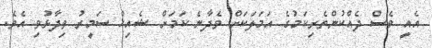
އެއީ ވެސް ދެއްކުންތެރިކަމުގެ އަމަލަކަށް ވެދާނެ ކަމަށް ޝެއިޚް ސަމީރު ވިދާޅުވި އެވެ.